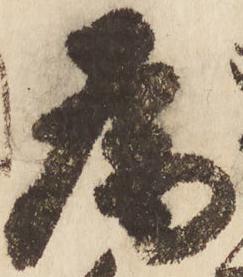
為